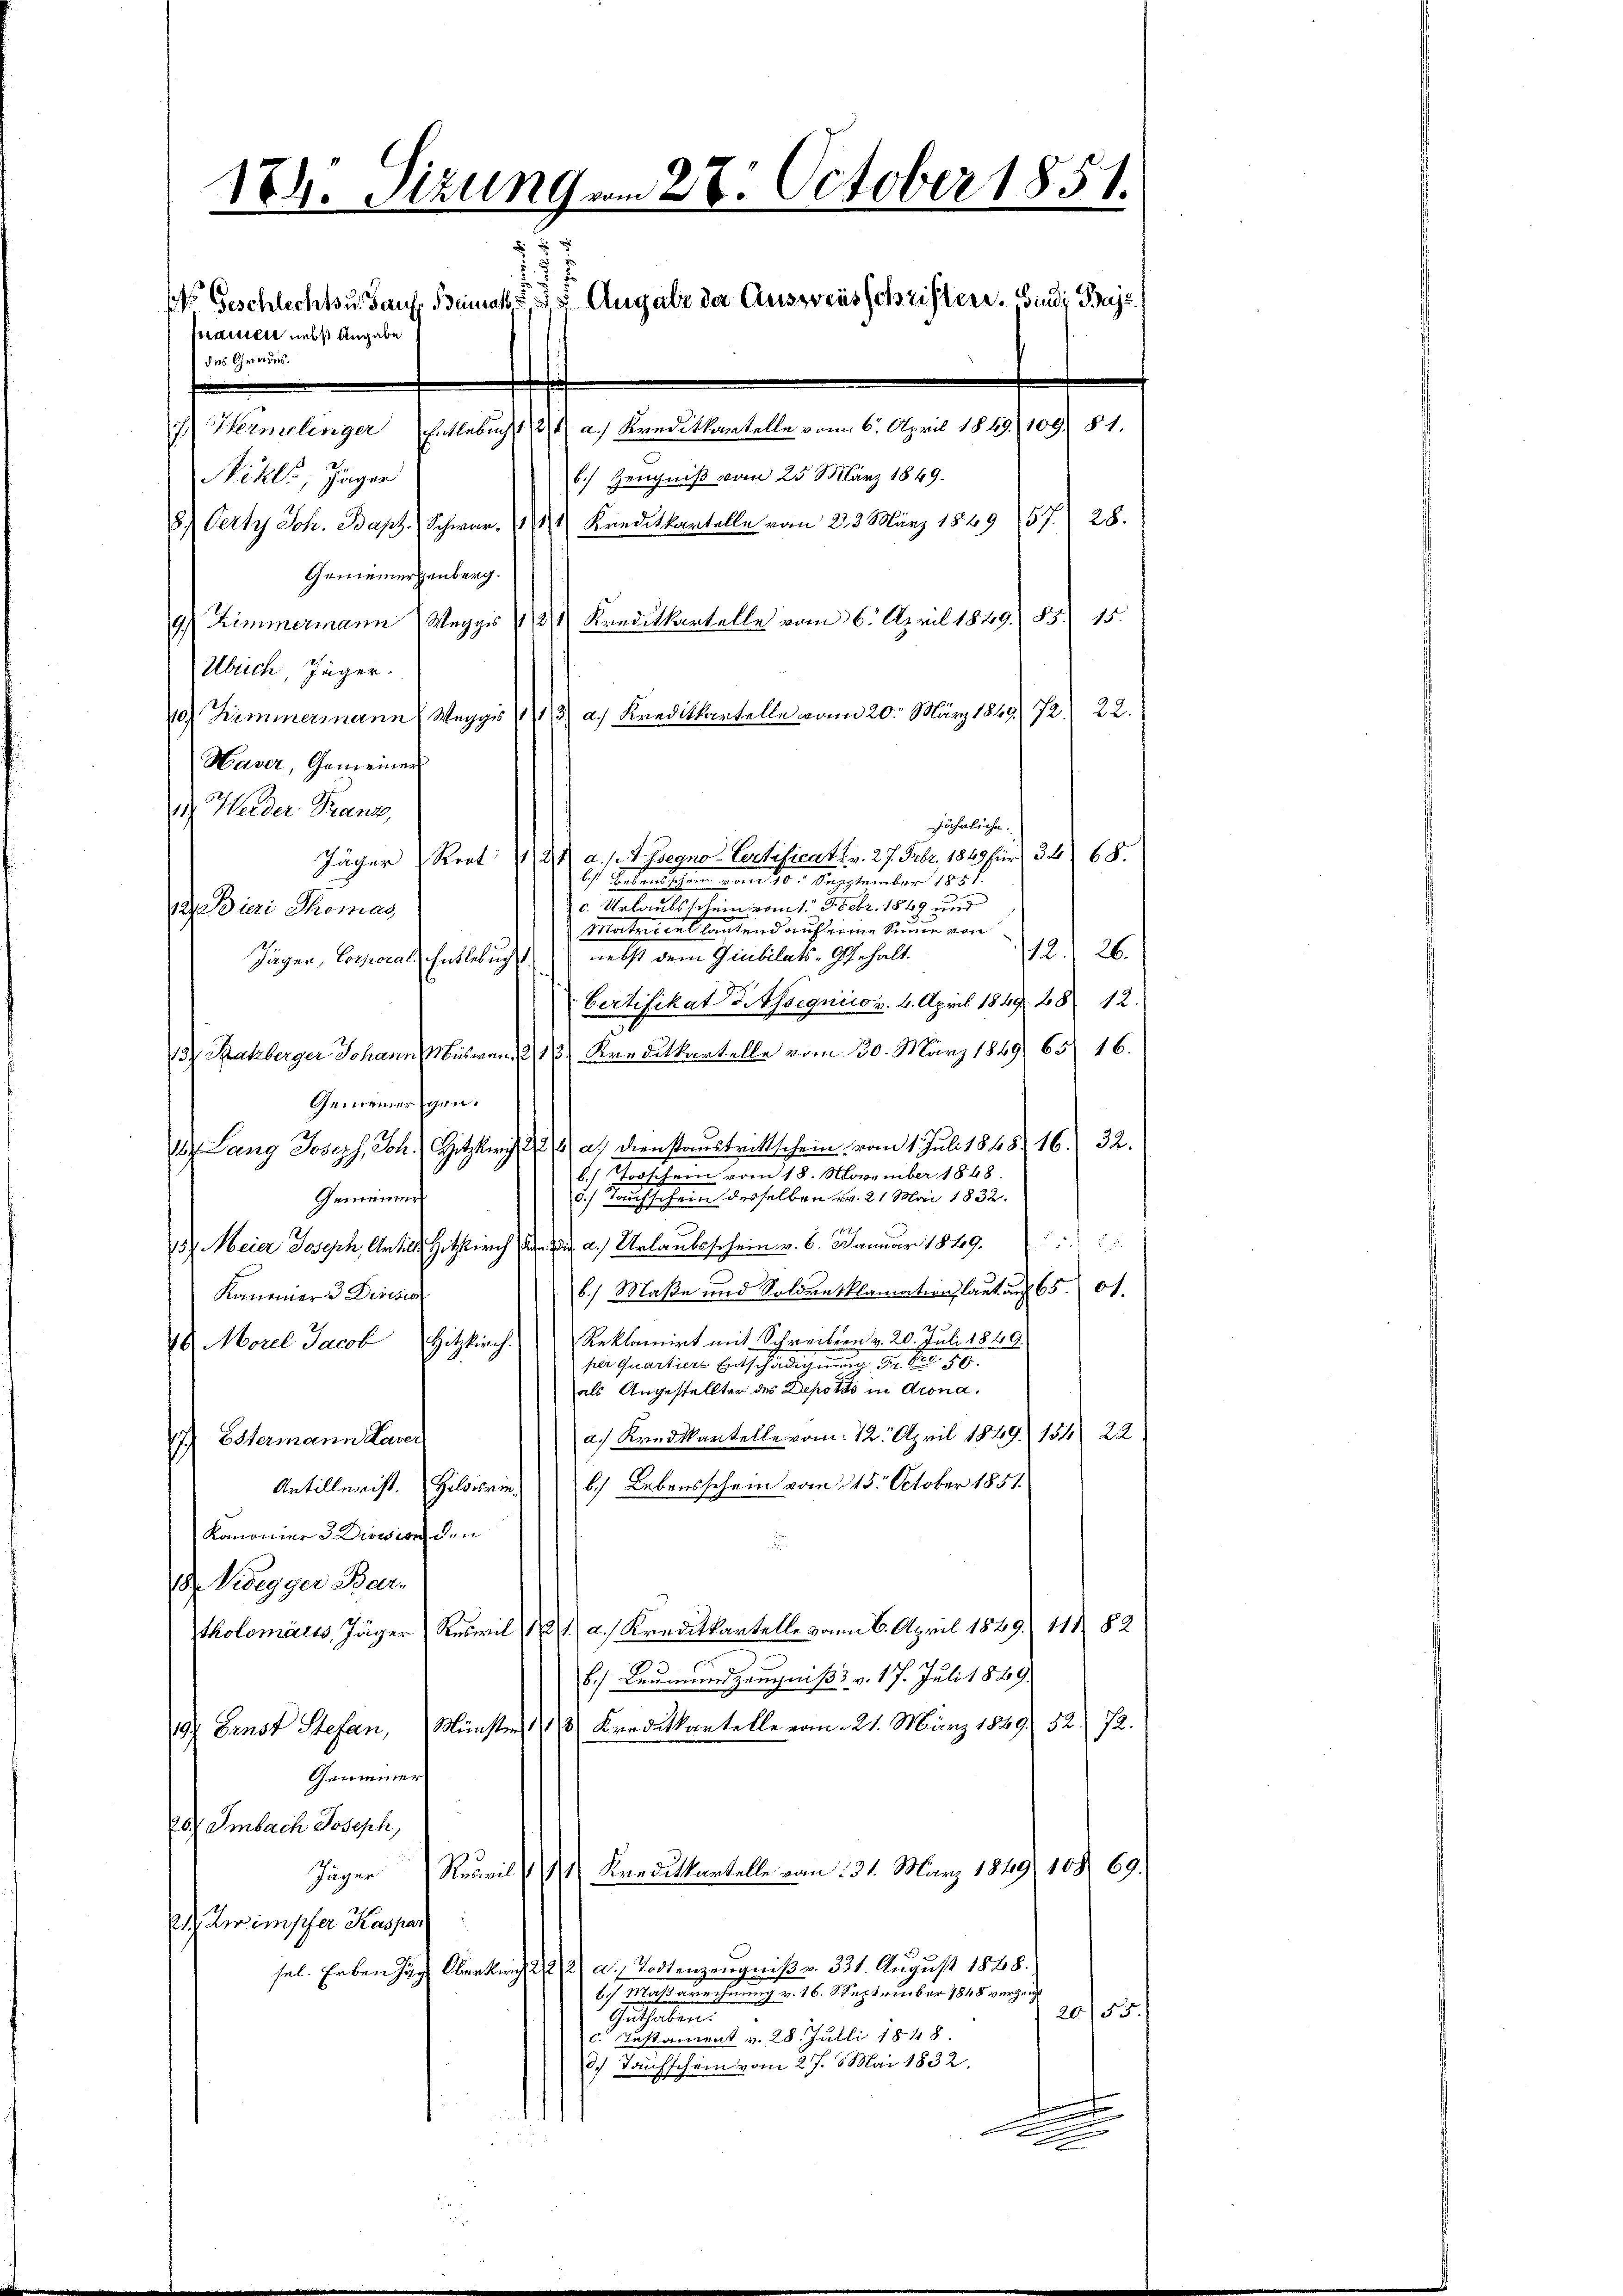
174. Sizung am 27. October 1851.
.
1r Geschlechts u. Sauf. Bemals 35 Augalz der Ausweisschriftere. Sind Proje
praetent nebst Angabe
des Grades.
7 Hermelinger Entlebuchs 2 u. a.) Kreditkantelle vom 6. April 1849. 109.) §1.
b.) Zeugniß vom 25 März 1849.
Nikl., Jäger
5) Verte Joh. Bapt. (Schwar, 141 Kreditkantelle vom 23 März 1849 (57. 28.
Geniemerzenberg.
9. Zimmermann (Weggis 141 Kreditkartelle vom 6. April 1849. 33. 15.
Ulrich, Jäger

10) Himmermann Weggis 1413) a. Kreditkartelle vom 20. März 1849. 72. 22.
Haver, Gemeiner
11. Weider Franz
jährliche.
Jäger Reot 21 a. f. 4 segno-Certificat u. v. 27. Febr. 1849 für 34) 68.
6/ Tatentschen vom 10. September 1858.
e                           1. M. aber 1819. und
a Bieri Thomas
Marteien lautend auf seine Summe von
12. 26.
Jäger, Corporal, Entlebuch nebst dem Giubilats-Gehalt.
Certifikat d. Moegnico v. 4. April 1849. 28. 12.
137 Satzberger Johann Muswan, 213. Kreditkartelle vom 30. März 1849 65. 16.
Gemeiner gen.
12. Lang Joseph, Joh. Hitzer, 2 a.) Dienstaustrittschein vom 1. Juli 1848. 16. 32.
.) Taschein vom 15. November 1848.
5.) Taufschein desselben Nr. 21 Mai 1832.
Gemeiner
182
157. Meier Joseph, Artill Hitzkirch. a.) Urlaubeschein v. 6. Januar 18109. 27
b.) Maße und Soldverklamation, laut auf 65. A.
Kanonier 3 Division
Reklamirt mit Schreibern v. 20. Juli 1849.
16. Morel Jacob Hitzkirch.
per Quartiers Entschädigung Dr. Dec. 189
als Angestellter des Depotis in Arona.
a.) Kredikantelle vom 12. April 1849. 154. 22
Estermann Laver
.
Artillen ist. Hilderieb. Lebensschein vom 215. October 1851
Komonier 3 Division den
u
Von Wegger Bar-
tholomatis, Jäger (Reswil 187 a.) Kreditkartelle vom 6. April 1849. 111. 82
B.) Leumundszeugniß v. 17. Juli 1889.
19) Ernst Stefan, Münster 148 Kreditkantelle vom 21. März 1849. 52. 72.
Gemeiner
d Smbach Joseph,
Jäger Reuvil & 9 Kreditkartelle vom 31. März 1849 168 69.
Ad. Keimpfer Kaspar
sel. Erben zur Oberken 22/2 d. Todtenzeugniß v. 331. August 1868.
67 Maßarechnung v. 16. September 1848 verzeig
2055.
Gasthalten
c. Testament v. 28. Julli 1848
3.) Taufschen vom 27. Mai 1832.
¬
e